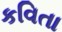
કવિતા